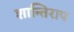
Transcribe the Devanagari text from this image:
शान्तिराप